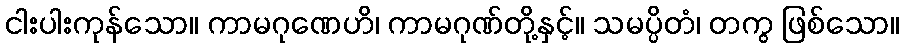
ငါးပါးကုန်သော။ ကာမဂုဏေဟိ၊ ကာမဂုဏ်တို့နှင့်။ သမပ္ပိတံ၊ တကွ ဖြစ်သော။